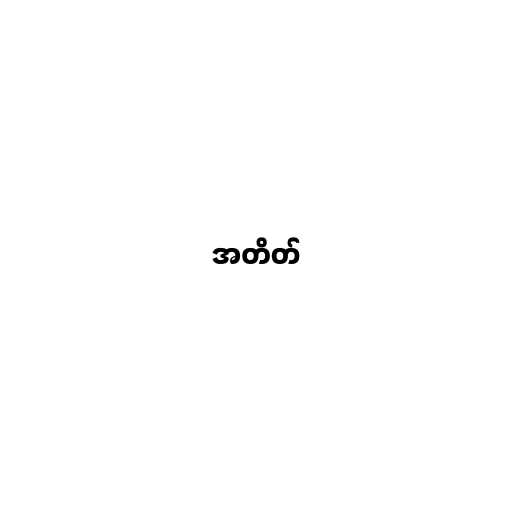
အတိတ်